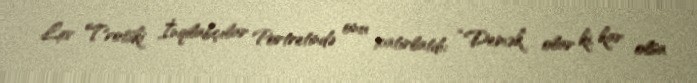
Lev Trotski İnqilabçılar Portretində onu xatırlatdı: “Demək olar ki, kar olsa